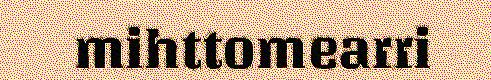
mihttomearri